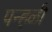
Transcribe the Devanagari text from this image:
पन्हळी